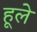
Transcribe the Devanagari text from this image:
हूले